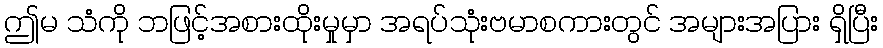
ဤမ သံကို ဘဖြင့်အစားထိုးမှုမှာ အရပ်သုံးဗမာစကားတွင် အများအပြား ရှိပြီး